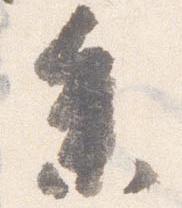
参